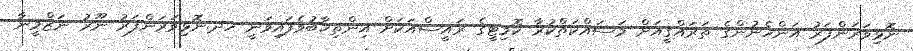
ނޮޅިވަރަންފަރު އަންހެނުންގެ ތަރައްޤީއަށް މަސައްކަތްކުރާ ކޮމިޓީގެ ރައީސްއަކަށް އިންތިޚާބުވެފައިވަނީ ހދ.ނޮޅިވަރަންފަރު ނޫރު ނަޒްމީނާ